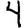
Digit: 4